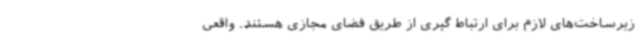
زیرساخت‌های لازم برای ارتباط گیری از طریق فضای مجازی هستند. واقعی